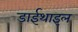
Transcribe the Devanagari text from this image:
डाईथाइल